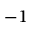
^ { - 1 }